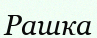
Рашка